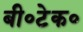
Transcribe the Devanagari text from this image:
बी॰टेक॰